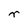
Character: r